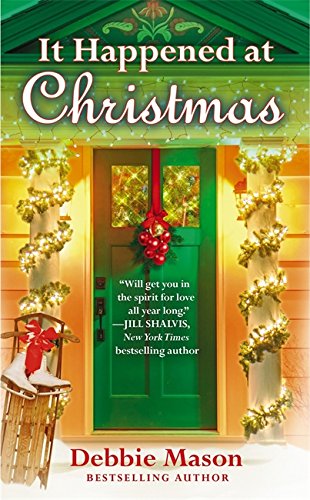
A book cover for It Happened at Christmas (Christmas, Colorado); Debbie Mason; Romance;